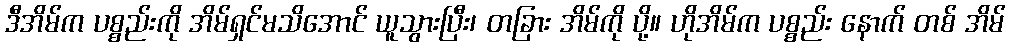
ဒီအိမ်က ပစ္စည်းကို အိမ်ရှင်မသိအောင် ယူသွားပြီး၊ တခြား အိမ်ကို ပို့။ ဟိုအိမ်က ပစ္စည်း နောက် တစ် အိမ်